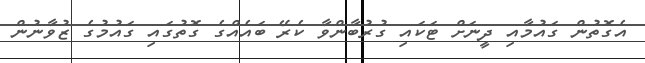
އެގޮތުން ގައުމާއި ދީނަށް ޓަކައި ގުރުބާންވާ ކެރޭ ބައެއްގެ ގޮތުގައި ގައުމުގެ ޒުވާނުން